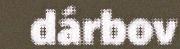
dárbov